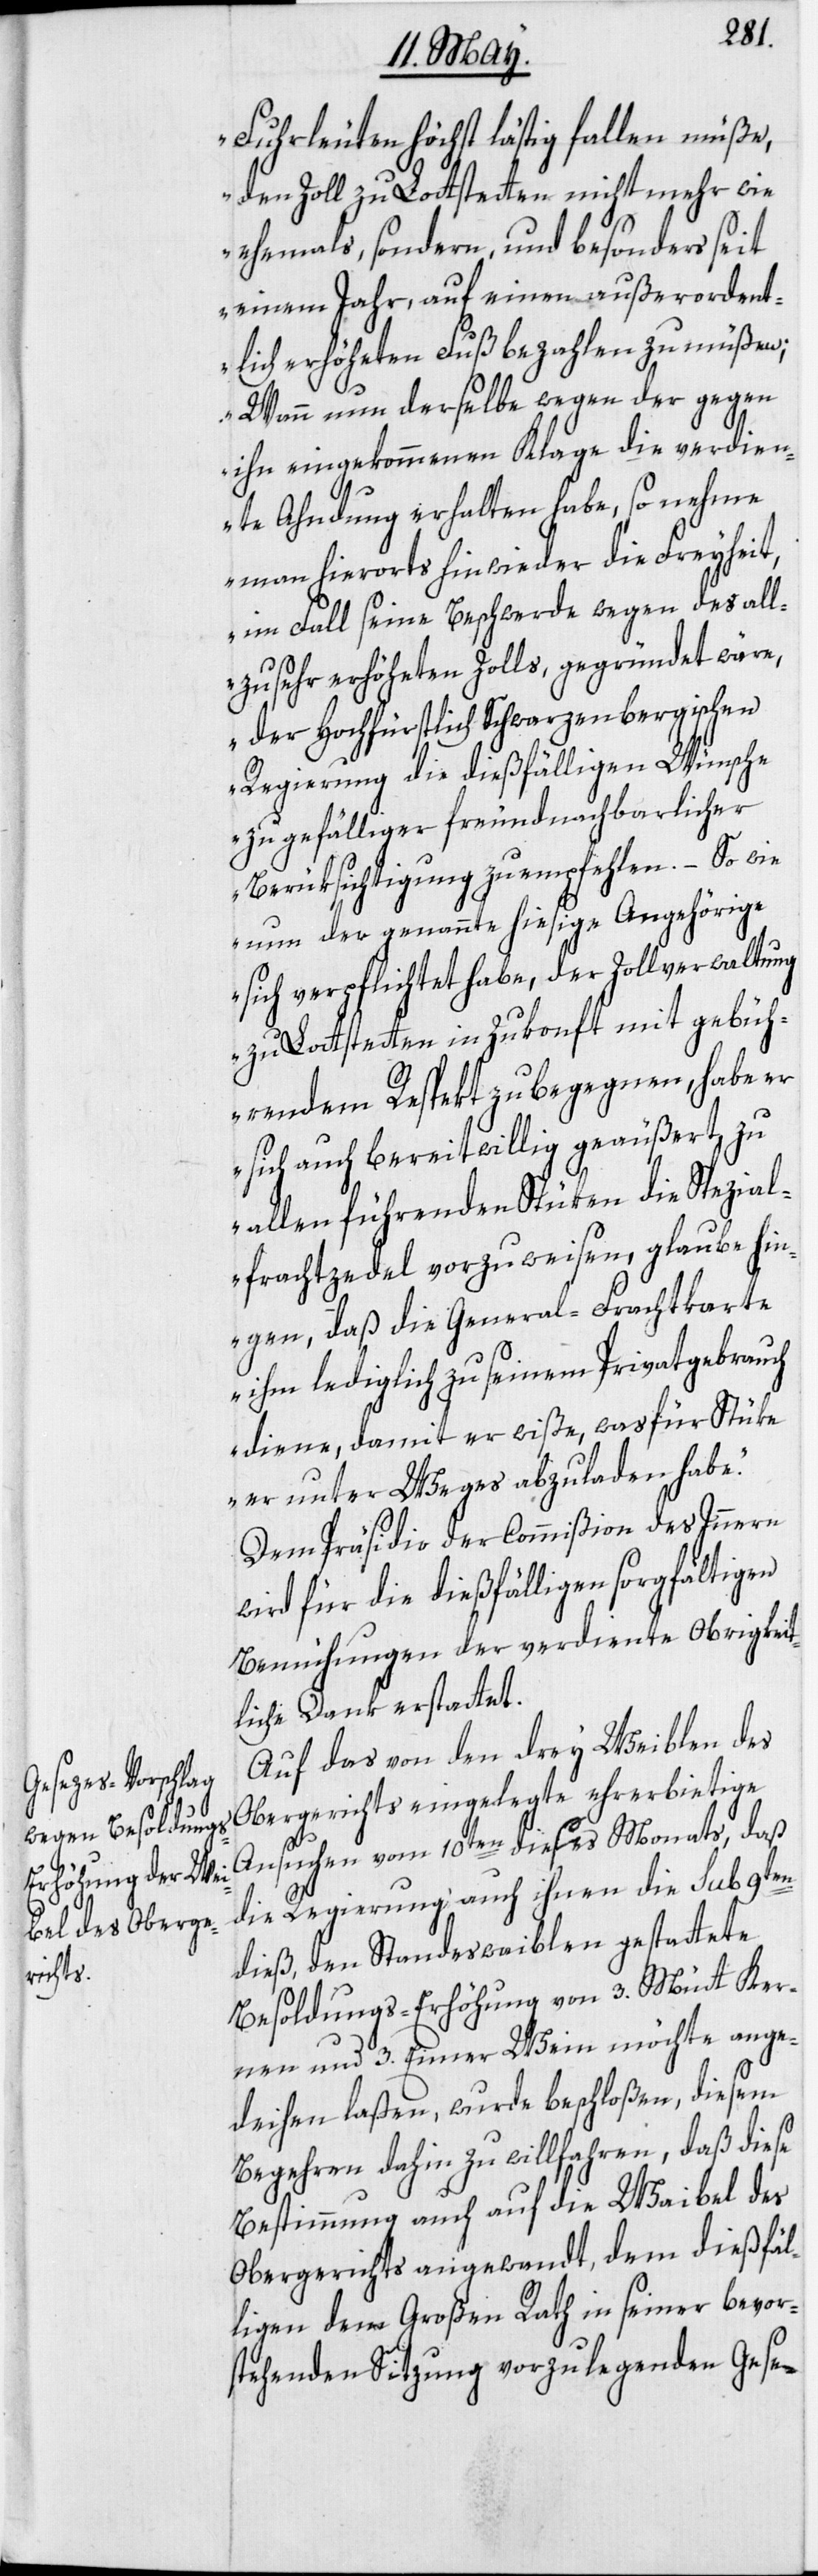
Fuhrleuten höchst läßtig fallen müße,
den Zoll zu Lottstetten nicht mehr wie
ehemals, sondern, und besonders seit
einem Jahr, auf einen außerordent¬
lich erhöheten Fuß bezahlen zu müßen;
Wann nun derselbe wegen der gegen
ihn eingekommenen Klage die verdien¬
te Ahndung erhalten habe, so nehme
man hierorts hinwieder die Freyheit,
im Fall seine Beschwerde wegen des all¬
zusehr erhöheten Zolls, gegründet wäre,
der Hochfürstlich Schwarzenbergischen
Regierung die dießfälligen Wünsche
zu gefälliger freundnachbarlicher
Berüksichtigung zu empfehlen. – So wie
nun der genannte hiesige Angehörige
sich verpflichtet habe, der Zollverwaltung
zu Lottstetten in Zukonft mit gebüh¬
rendem Respekt zu begegnen, habe er
sich auch bereitwillig geäußert, zu
allen führenden Stüken die Spezial¬
frachtzedel vorzuweisen, glaube hin[g¬
e]gen, daß die General-Frachtkarte
ihm lediglich zu seinem Privatgebrauch
diene, damit er wiße, was für Stüke
er unter Weges abzuladen habe.“
Dem Präsidio der Commißion des Innern
wird für die dießfälligen sorgfältigen
Bemühungen der verdiente Obrigkeit¬
liche Dank erstattet.
Auf das von den drey Weiblen des
Obergerichts eingelegte ehrerbietige
Ansuchen vom 10ten dieses Monats, daß
die Regierung auch ihnen die sub 9ten
dieß, den Standeswaiblen gestattete
Besoldungs-Erhöhung von 3. Mütt Ker¬
nen und 3. Eimer Wein möchte ange¬
deihen laßen, wurde beschloßen, diesem
Begehren dahin zu willfahren, daß diese
Bestimmung auch auf die Waibel des
Obergerichts angewandt, dem dießfäl¬
ligen dem Großen Rath in seiner bevor¬
stehenden Sitzung vorzulegenden Gese-